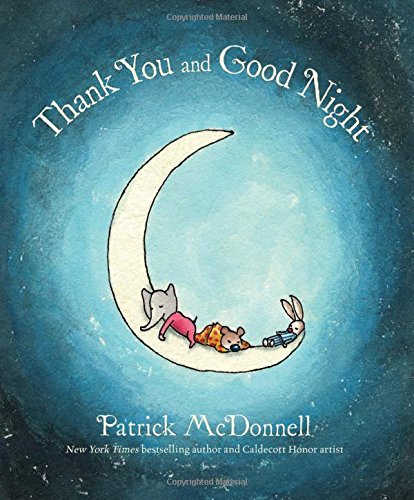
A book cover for Thank You and Good Night; Patrick McDonnell; Children's Books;